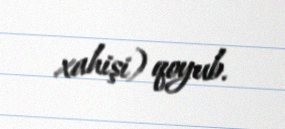
xahişi) qoyub.